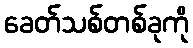
ခေတ်သစ်တစ်ခုကို